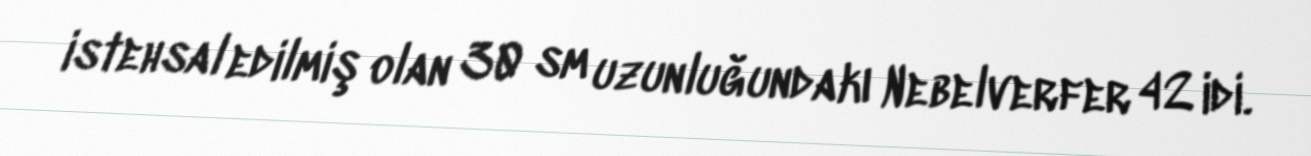
istehsal edilmiş olan 30 sm uzunluğundakı Nebelverfer 42 idi.